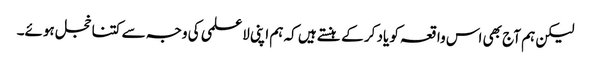
لیکن ہم آج بھی اس واقعہ کو یاد کر کے ہنستے ہیں کہ ہم اپنی لاعلمی کی وجہ سے کتنا خجل ہوئے۔